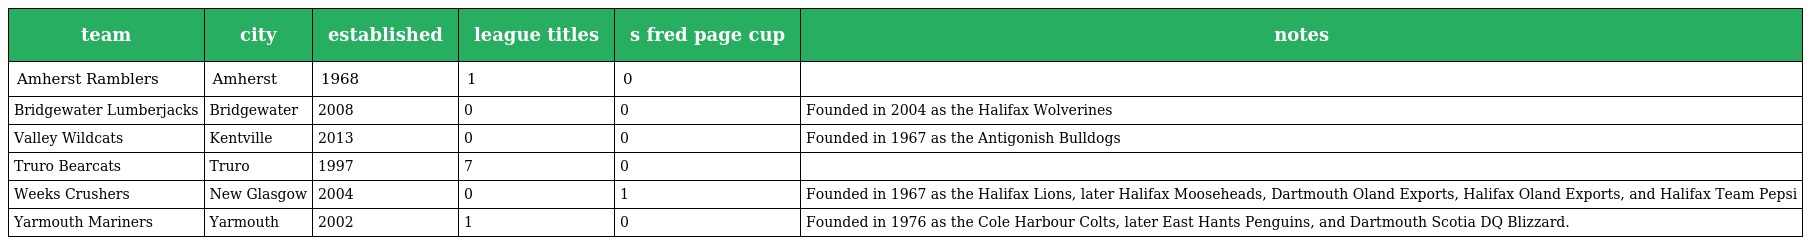
| team | city | established | league titles | s fred page cup | notes |
 | --- | --- | --- | --- | --- | --- |
 | Amherst Ramblers | Amherst | 1968 | 1 | 0 |  |
 | Bridgewater Lumberjacks | Bridgewater | 2008 | 0 | 0 | Founded in 2004 as the Halifax Wolverines |
 | Valley Wildcats | Kentville | 2013 | 0 | 0 | Founded in 1967 as the Antigonish Bulldogs |
 | Truro Bearcats | Truro | 1997 | 7 | 0 |  |
 | Weeks Crushers | New Glasgow | 2004 | 0 | 1 | Founded in 1967 as the Halifax Lions, later Halifax Mooseheads, Dartmouth Oland Exports, Halifax Oland Exports, and Halifax Team Pepsi |
 | Yarmouth Mariners | Yarmouth | 2002 | 1 | 0 | Founded in 1976 as the Cole Harbour Colts, later East Hants Penguins, and Dartmouth Scotia DQ Blizzard. |